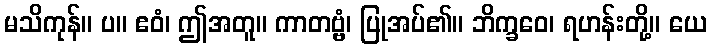
မသိကုန်။ ပ။ ဧဝံ၊ ဤအတူ။ ကာတဗ္ဗံ၊ ပြုအပ်၏။ ဘိက္ခဝေ၊ ရဟန်းတို့။ ယေ